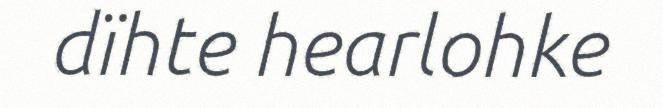
dïhte hearlohke